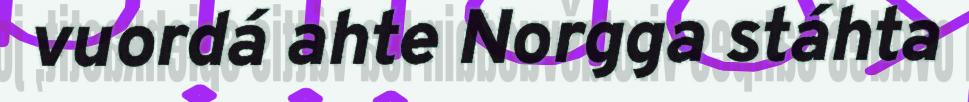
vuordá ahte Norgga stáhta